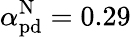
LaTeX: \alpha_{\mathrm{pd}}^{\mathrm{N}}=0.29